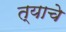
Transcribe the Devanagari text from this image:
त्याचेे